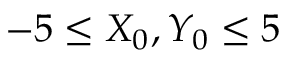
- 5 \leq X _ { 0 } , Y _ { 0 } \leq 5